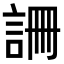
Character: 𧧚